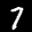
Label: 7